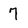
Character: 7